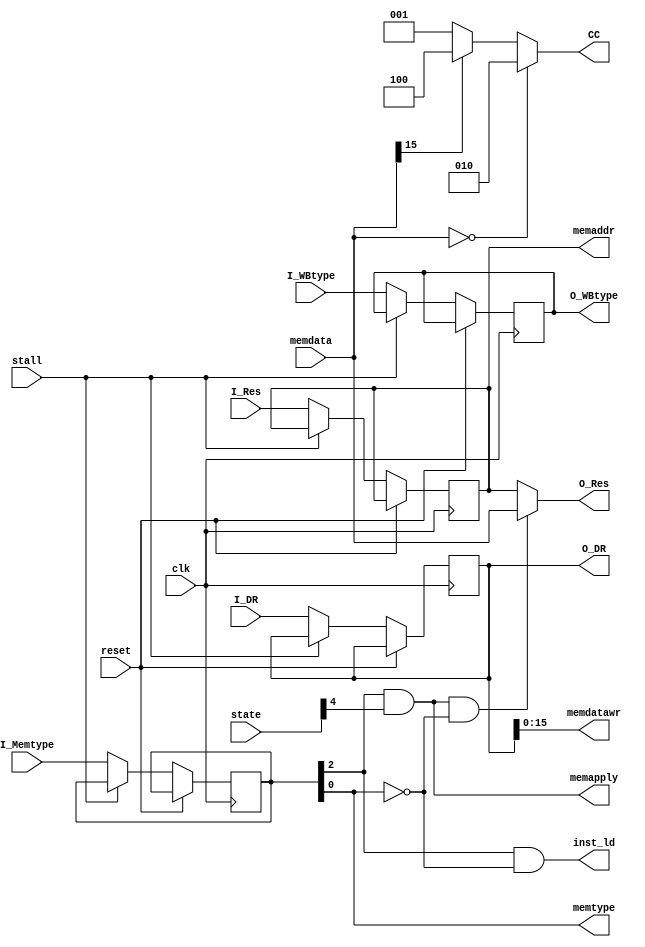
module	lc3_pipeline_stage4(
	input			reset,
	input			clk,
	input			stall,
	input		[5:0]	state,

	input		[19:0]	I_DR,
	input		[1:0]	I_WBtype,
	input		[2:0]	I_Memtype,
	input		[15:0]	I_Res,

	output		[19:0]	O_DR,
	output	reg	[1:0]	O_WBtype,
	output		[15:0]	O_Res,

	input		[15:0]	memdata,
	output		[15:0]	memaddr,
	output			memtype,
	output		[15:0]	memdatawr,
	output			memapply,

	output	reg	[2:0]	CC,
	output			inst_ld
);
	
	reg		[15:0]	Res;
	reg		[19:0]	DR;
	reg		[2:0]	Memtype;
	assign			memdatawr=DR[15:0];
	assign			memaddr=Res;
	assign			memapply=Memtype[2]&state[4];
	assign			memtype=Memtype[0];
	assign			O_Res=( (memapply&~memtype)?memdata:Res );
	
	assign			O_DR=DR;

	always@(negedge clk or posedge reset)	begin
		if(reset) begin
			//nothing to do
		end else	begin
			if(~stall) begin
				DR<=I_DR;
				Res<=I_Res;
				Memtype<=I_Memtype;
				O_WBtype<=I_WBtype;
			end
		end
	end

	always@(*)	begin
		if(memdata==16'b0)
			CC=3'b010;
		else if(memdata[15]==1)
			CC=3'b100;
		else 
			CC=3'b001;
	end

	assign			inst_ld=Memtype[2]&~Memtype[0];

	

endmodule